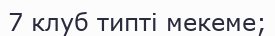
7 клуб типті мекеме;